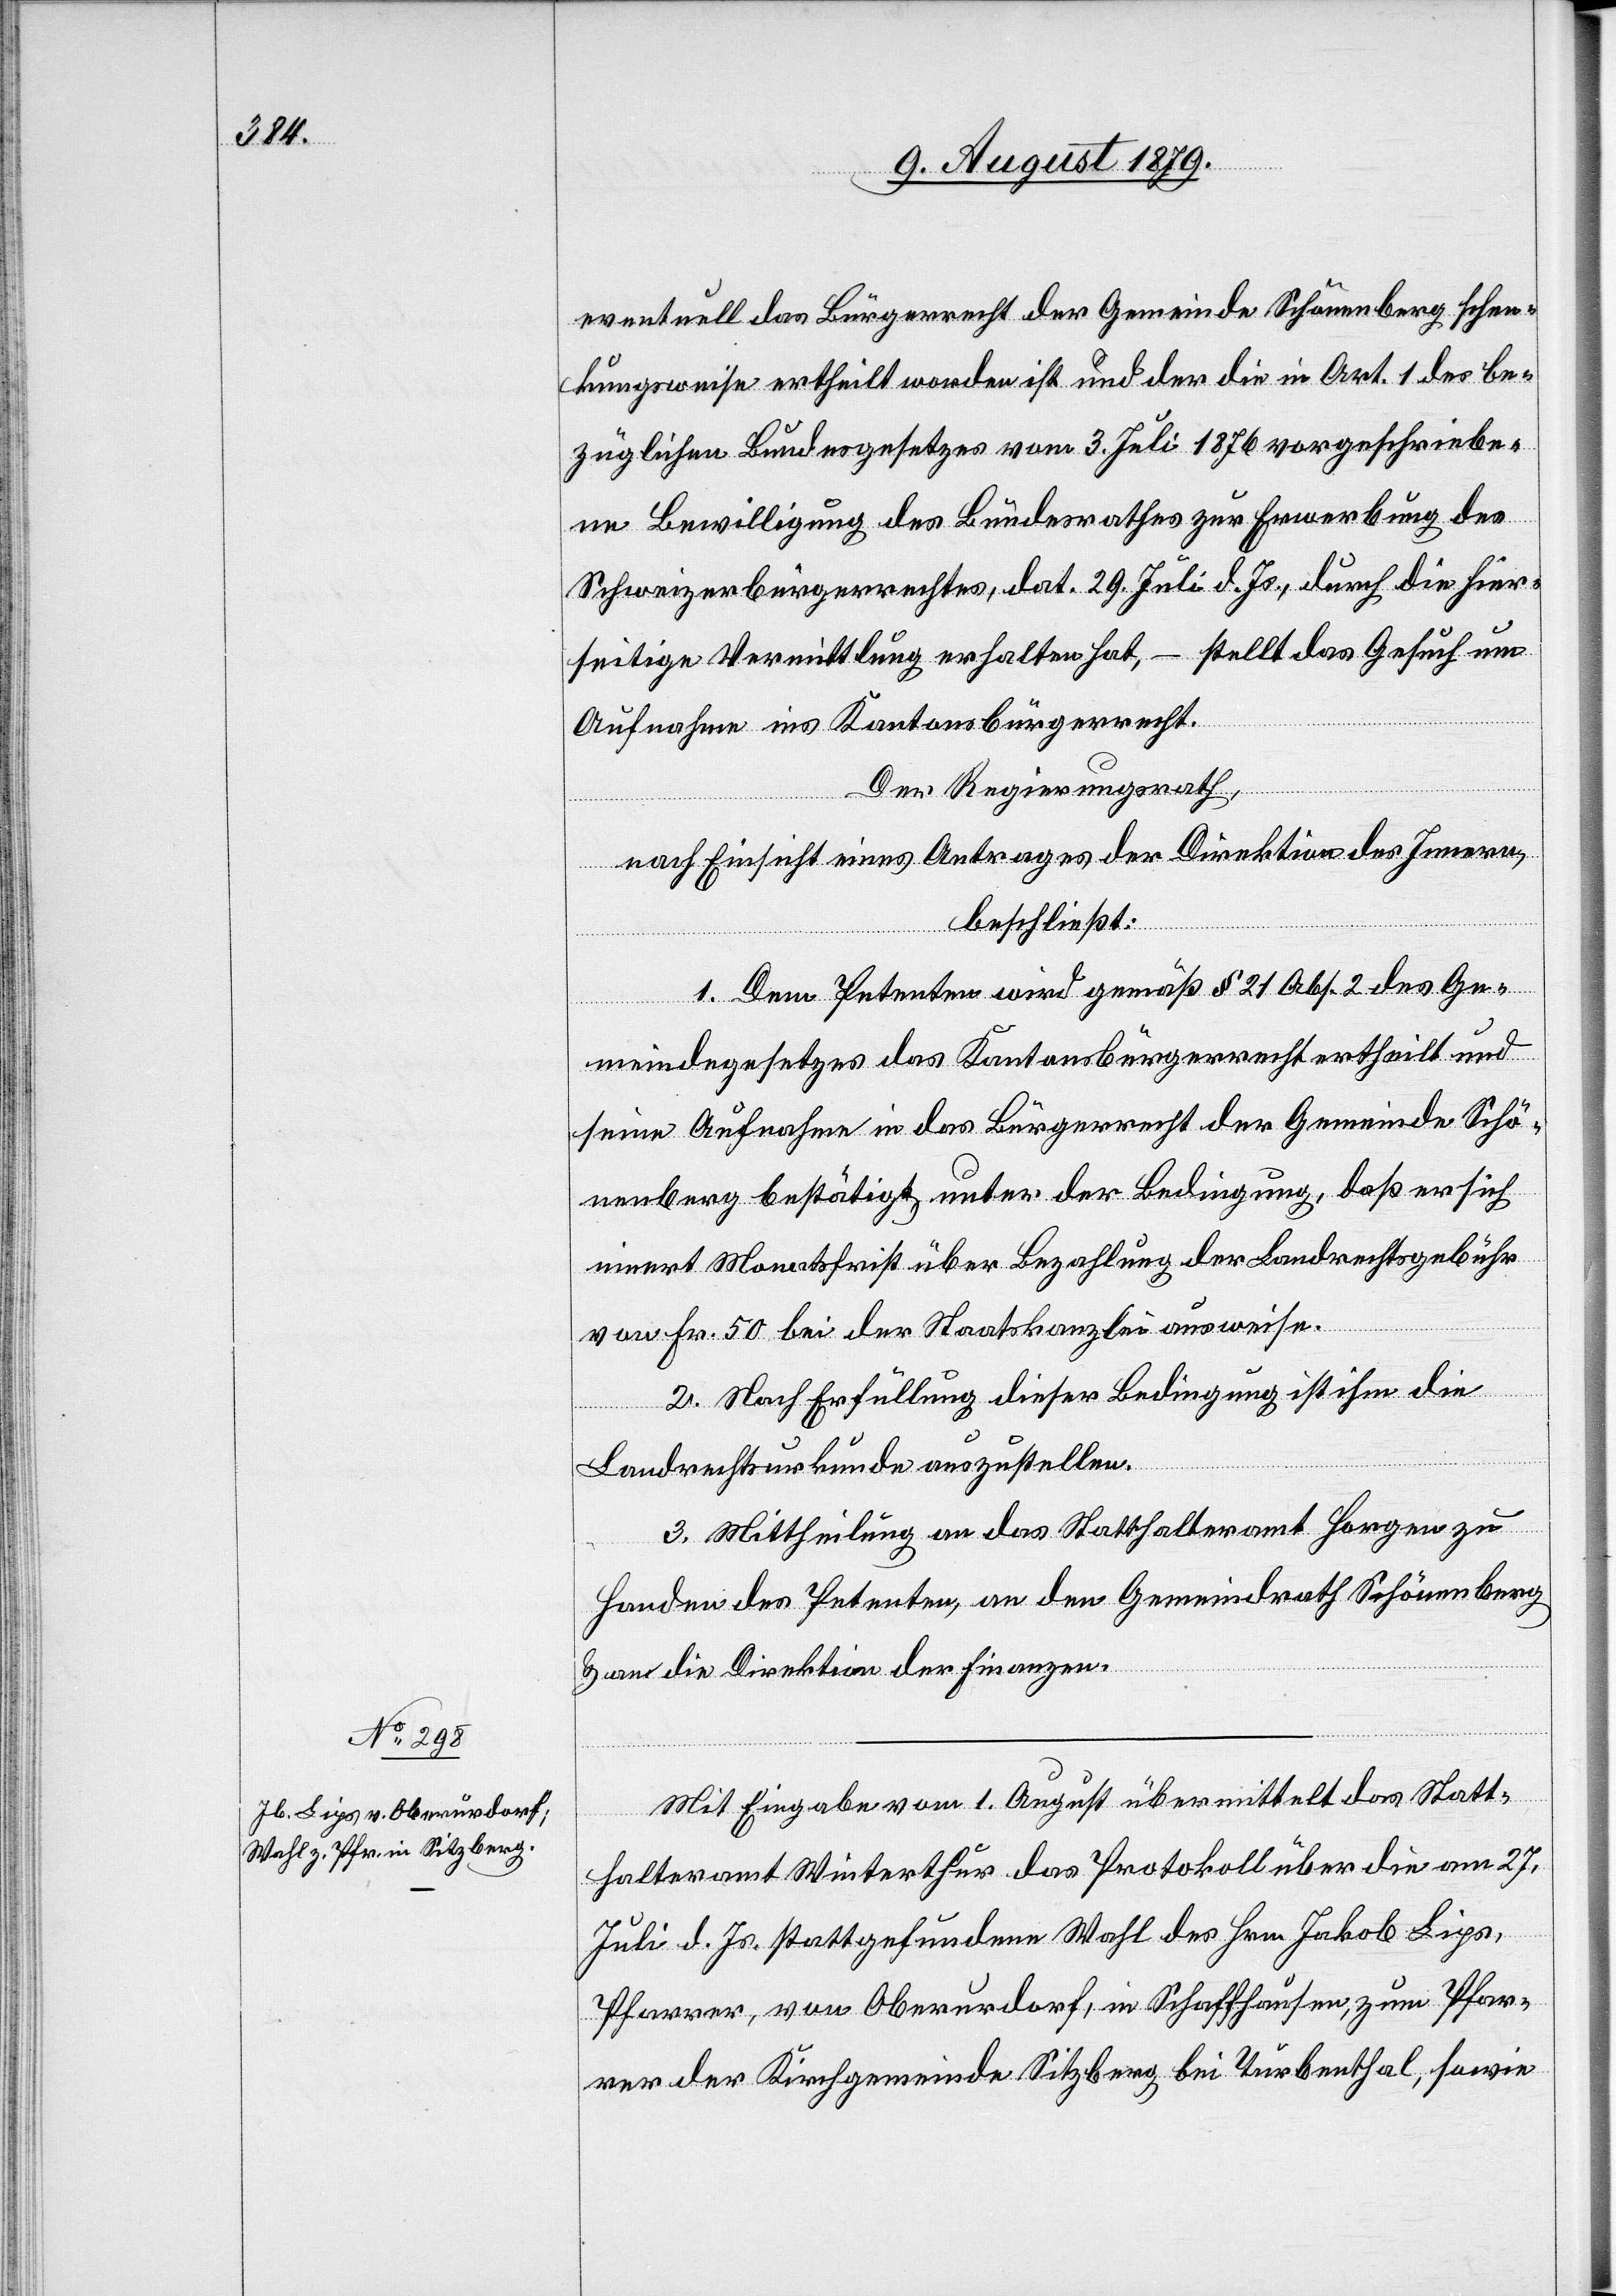
eine
eventuell das Bürgerrecht der Gemeinde Schönenberg schen¬
kungsweise ertheilt worden ist und der die in Art. 1 des be¬
züglichen Bundesgesetzes vom 3. Juli 1876 vorgeschriebe¬
ne Bewilligung des Bundesrathes zur Erwerbung des
Schweizerbürgerrechtes, dat. 29. Juli d. Js. durch die hier¬
seitige Vermittlung erhalten hat, – stellt das Gesuch um
Aufnahme ins Kantonsbürgerecht.
Der Regierungsrath,
nach Einsicht eines Antrages der Direktion des Innern,
beschließt:
1. Dem Petenten wird gemäß § 21 Abs. 2 des Ge¬
meindegesetzes das Kantonsbürgerrecht ertheilt und
sine Aufnahme in das Bürgerrecht der Gemeinde Schö¬
nenberg bestätigt unter der Bedingung, daß er sich
innert Monatsfrist über Bezahlung der Landrechtsgebühr
von Frk. 50 bei der Staatskanzlei ausweise.
2. Nach Erfüllung dieser Bedingung ist ihnen je
Landrechtskurkunde auszustellen.
3. Mittheilung an das Statthalteramt Horgen zu
Handen des Petenten, an den Gemeindrath Schönenberg
& an die Direktion der Finanzen.
Mit Eingabe vom 1. August übermittelt das Statt¬
halteramt Winterthur das Protokoll über die am 27.
Juli d. Js. stattgefundene Wahl des Hrn. Jakob Lips,
Pfarrer, von Oberurdorf, in Schaffhausen, zum Pfar¬
rer der Kirchgemeinde Sitzberg bei Turbenthal, sowie